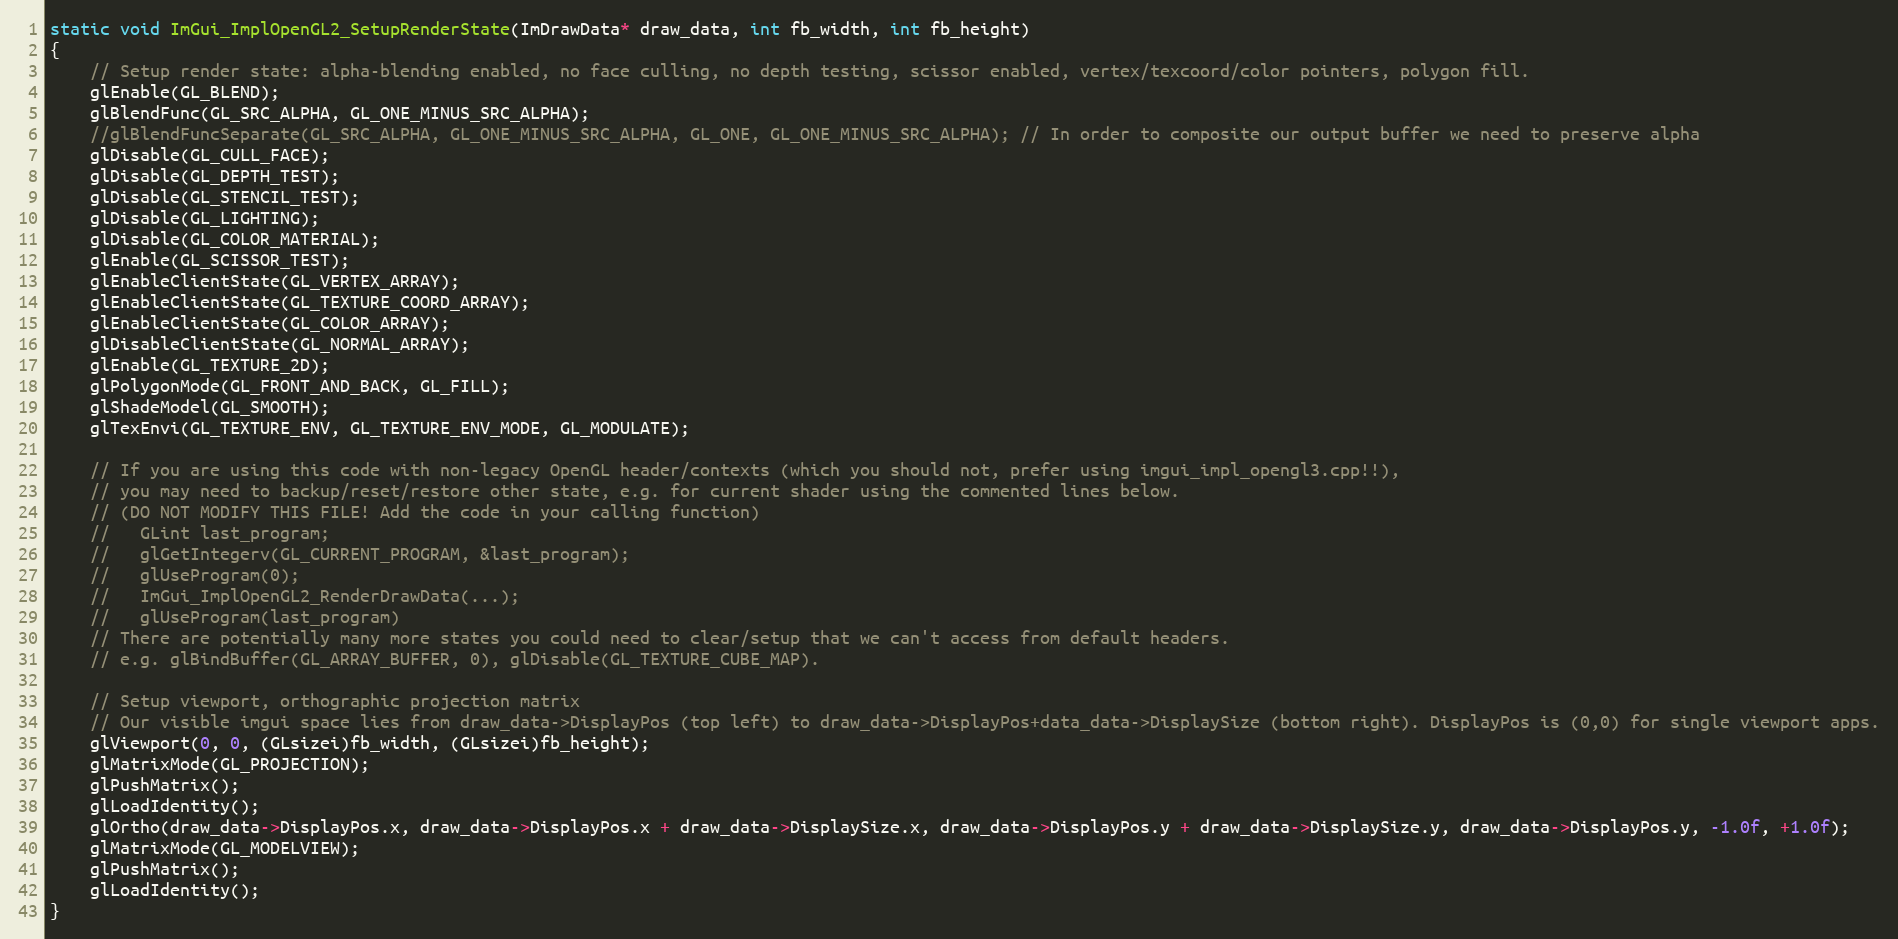
Language: C++
static void ImGui_ImplOpenGL2_SetupRenderState(ImDrawData* draw_data, int fb_width, int fb_height)
{
    // Setup render state: alpha-blending enabled, no face culling, no depth testing, scissor enabled, vertex/texcoord/color pointers, polygon fill.
    glEnable(GL_BLEND);
    glBlendFunc(GL_SRC_ALPHA, GL_ONE_MINUS_SRC_ALPHA);
    //glBlendFuncSeparate(GL_SRC_ALPHA, GL_ONE_MINUS_SRC_ALPHA, GL_ONE, GL_ONE_MINUS_SRC_ALPHA); // In order to composite our output buffer we need to preserve alpha
    glDisable(GL_CULL_FACE);
    glDisable(GL_DEPTH_TEST);
    glDisable(GL_STENCIL_TEST);
    glDisable(GL_LIGHTING);
    glDisable(GL_COLOR_MATERIAL);
    glEnable(GL_SCISSOR_TEST);
    glEnableClientState(GL_VERTEX_ARRAY);
    glEnableClientState(GL_TEXTURE_COORD_ARRAY);
    glEnableClientState(GL_COLOR_ARRAY);
    glDisableClientState(GL_NORMAL_ARRAY);
    glEnable(GL_TEXTURE_2D);
    glPolygonMode(GL_FRONT_AND_BACK, GL_FILL);
    glShadeModel(GL_SMOOTH);
    glTexEnvi(GL_TEXTURE_ENV, GL_TEXTURE_ENV_MODE, GL_MODULATE);

    // If you are using this code with non-legacy OpenGL header/contexts (which you should not, prefer using imgui_impl_opengl3.cpp!!),
    // you may need to backup/reset/restore other state, e.g. for current shader using the commented lines below.
    // (DO NOT MODIFY THIS FILE! Add the code in your calling function)
    //   GLint last_program;
    //   glGetIntegerv(GL_CURRENT_PROGRAM, &last_program);
    //   glUseProgram(0);
    //   ImGui_ImplOpenGL2_RenderDrawData(...);
    //   glUseProgram(last_program)
    // There are potentially many more states you could need to clear/setup that we can't access from default headers.
    // e.g. glBindBuffer(GL_ARRAY_BUFFER, 0), glDisable(GL_TEXTURE_CUBE_MAP).

    // Setup viewport, orthographic projection matrix
    // Our visible imgui space lies from draw_data->DisplayPos (top left) to draw_data->DisplayPos+data_data->DisplaySize (bottom right). DisplayPos is (0,0) for single viewport apps.
    glViewport(0, 0, (GLsizei)fb_width, (GLsizei)fb_height);
    glMatrixMode(GL_PROJECTION);
    glPushMatrix();
    glLoadIdentity();
    glOrtho(draw_data->DisplayPos.x, draw_data->DisplayPos.x + draw_data->DisplaySize.x, draw_data->DisplayPos.y + draw_data->DisplaySize.y, draw_data->DisplayPos.y, -1.0f, +1.0f);
    glMatrixMode(GL_MODELVIEW);
    glPushMatrix();
    glLoadIdentity();
}